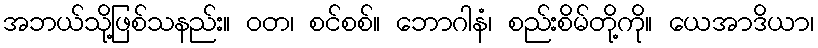
အဘယ်သို့ဖြစ်သနည်း။ ဝတ၊ စင်စစ်။ ဘောဂါနံ၊ စည်းစိမ်တို့ကို။ ယေအာဒိယာ၊